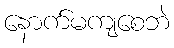
နောက်မကျစေဘဲ